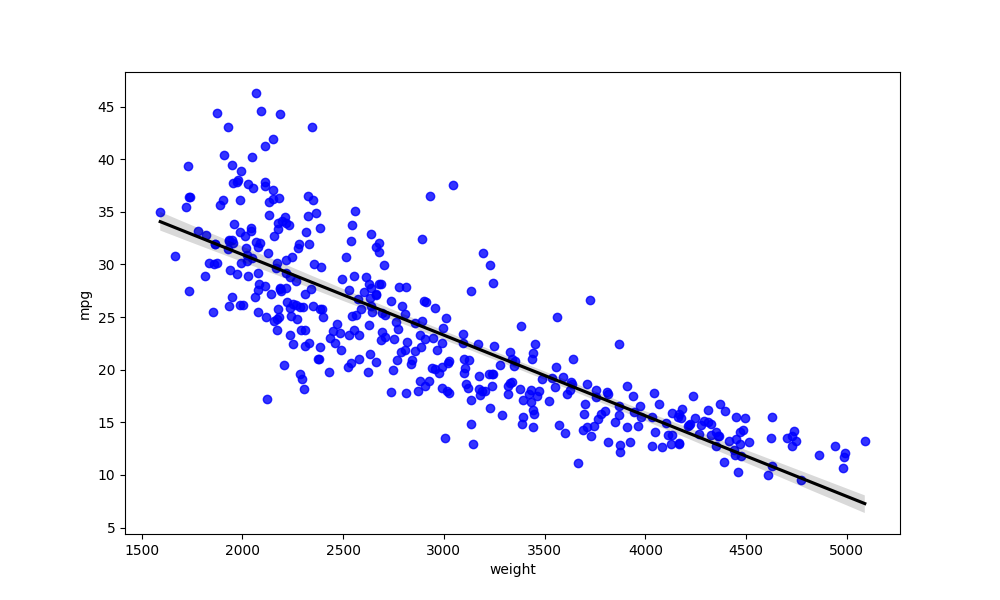
python, seaborn, regplot, order=1, ci=95, scatter_color=blue, line_color=black